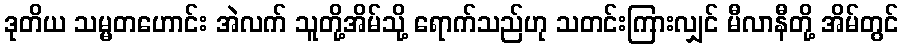
ဒုတိယ သမ္မတဟောင်း အဲလက် သူတို့အိမ်သို့ ရောက်သည်ဟု သတင်းကြားလျှင် မီလာနီတို့ အိမ်တွင်